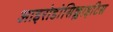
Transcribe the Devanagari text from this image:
आइरोडोसिक्लाइटिस